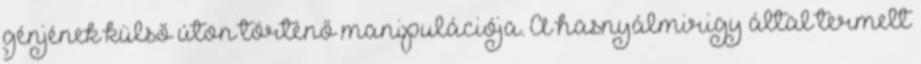
génjének külső úton történő manipulációja. A hasnyálmirigy által termelt